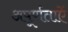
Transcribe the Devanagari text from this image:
अपूर्णताऐं